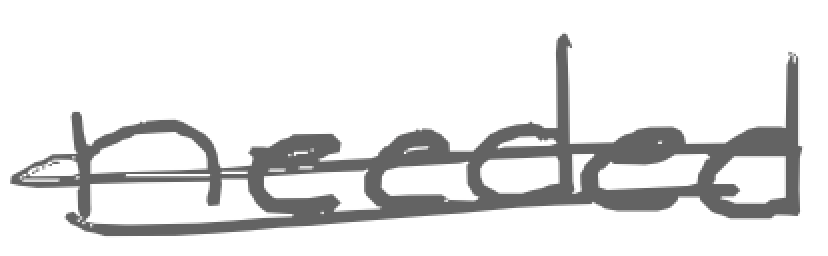
Text: needed
Cross-out: double-line
Writing tool: digital_gray